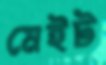
মেইট